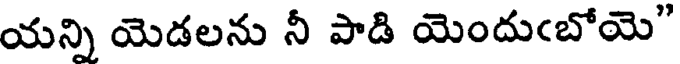
యన్ని యెడలను నీ పాడి యెందుఁబోయె"